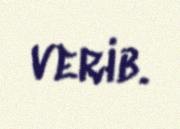
verib.